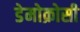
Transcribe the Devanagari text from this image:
डेमोक्रोसी